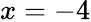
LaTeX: x=-4